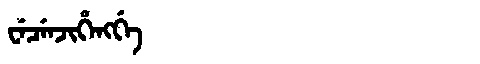
Manchu: ᠸᡝᠴᡝᠨᠵᡳᡥᡝᠩᡤᡝ
Romanization: WECENJIHENGGE